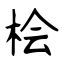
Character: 桧